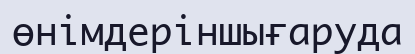
өнімдеріншығаруда